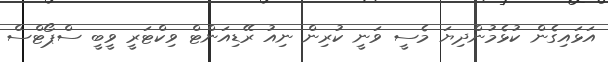
އަޅައިގެން ކުޅެމުންދިޔަ މެސީ ވަނީ ކުރިން ނިއު ރޭޑިއަންޓް ވިކްޓަރީ ވީބީ ސްޕޯޓްސް